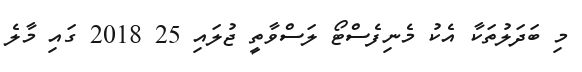
މި ބަދަލުތަކާ އެކު މެނިފެސްޓޯ ލަސްވާތީ ޖުލައި 25 2018 ގައި މާލެ